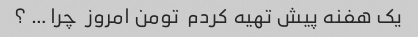
یک هفنه پیش تهیه کردم  تومن امروز  چرا … ؟